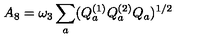
A _ { 8 } = \omega _ { 3 } \sum _ { a } ( Q _ { a } ^ { ( 1 ) } Q _ { a } ^ { ( 2 ) } Q _ { a } ) ^ { 1 / 2 }